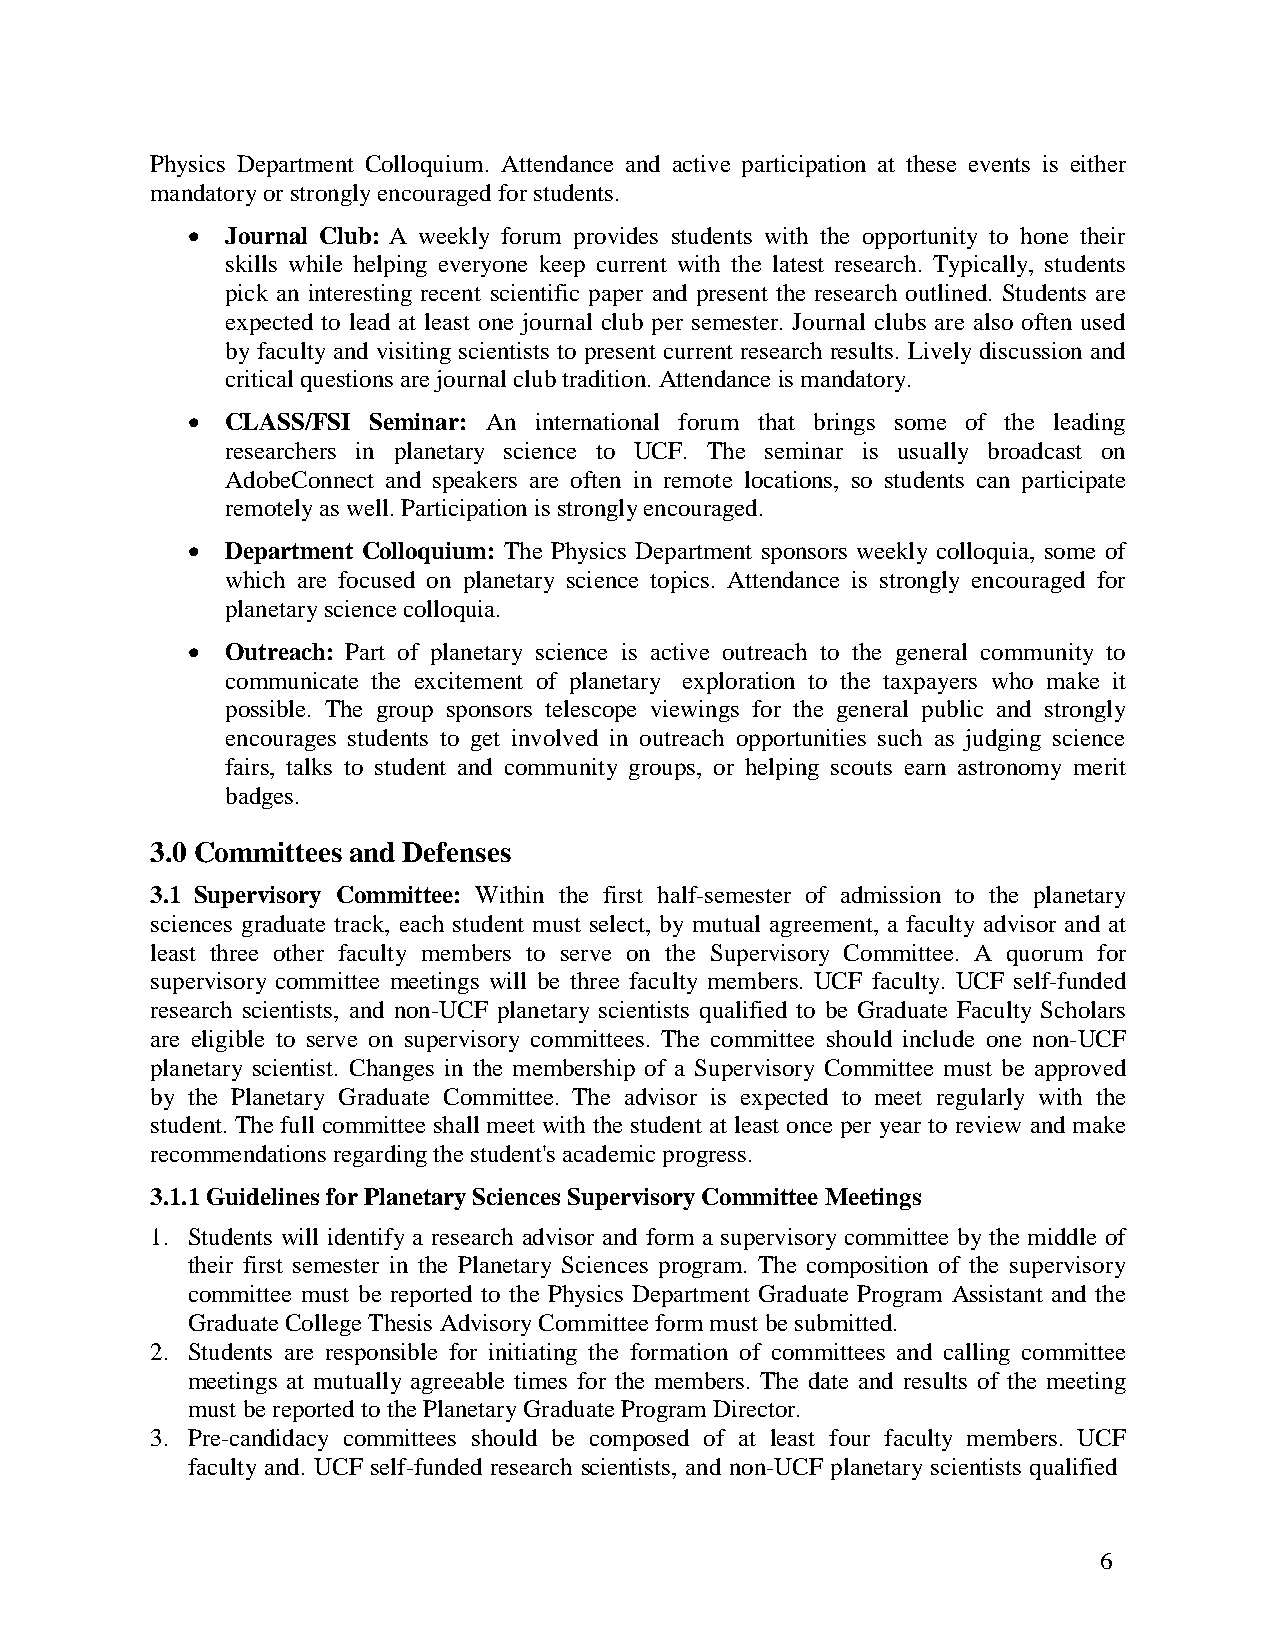
Physics Department Colloquium. Attendance and active participation at these events is either
 mandatory or strongly encouraged for students.
   Journal Club: A weekly forum provides students with the opportunity to hone their
 skills while helping everyone keep current with the latest research. Typically, students
 pick an interesting recent scientific paper and present the research outlined. Students are
 expected to lead at least one journal club per semester. Journal clubs are also often used
 by faculty and visiting scientists to present current research results. Lively discussion and
 critical questions are journal club tradition. Attendance is mandatory.
   CLASS/FSI Seminar: An international forum that brings some of the leading
 researchers in planetary science to UCF. The seminar is usually broadcast on
 AdobeConnect and speakers are often in remote locations, so students can participate
 remotely as well. Participation is strongly encouraged.
   Department Colloquium: The Physics Department sponsors weekly colloquia, some of
 which are focused on planetary science topics. Attendance is strongly encouraged for
 planetary science colloquia.
   Outreach: Part of planetary science is active outreach to the general community to
 communicate the excitement of planetary exploration to the taxpayers who make it
 possible. The group sponsors telescope viewings for the general public and strongly
 encourages students to get involved in outreach opportunities such as judging science
 fairs, talks to student and community groups, or helping scouts earn astronomy merit
 badges.
 3.0 Committees and Defenses
 3.1 Supervisory Committee: Within the first half-semester of admission to the planetary
 sciences graduate track, each student must select, by mutual agreement, a faculty advisor and at
 least three other faculty members to serve on the Supervisory Committee. A quorum for
 supervisory committee meetings will be three faculty members. UCF faculty. UCF self-funded
 research scientists, and non-UCF planetary scientists qualified to be Graduate Faculty Scholars
 are eligible to serve on supervisory committees. The committee should include one non-UCF
 planetary scientist. Changes in the membership of a Supervisory Committee must be approved
 by the Planetary Graduate Committee. The advisor is expected to meet regularly with the
 student. The full committee shall meet with the student at least once per year to review and make
 recommendations regarding the student's academic progress.
 3.1.1 Guidelines for Planetary Sciences Supervisory Committee Meetings
 1. Students will identify a research advisor and form a supervisory committee by the middle of
 their first semester in the Planetary Sciences program. The composition of the supervisory
 committee must be reported to the Physics Department Graduate Program Assistant and the
 Graduate College Thesis Advisory Committee form must be submitted.
 2. Students are responsible for initiating the formation of committees and calling committee
 meetings at mutually agreeable times for the members. The date and results of the meeting
 must be reported to the Planetary Graduate Program Director.
 3. Pre-candidacy committees should be composed of at least four faculty members. UCF
 faculty and. UCF self-funded research scientists, and non-UCF planetary scientists qualified
 6